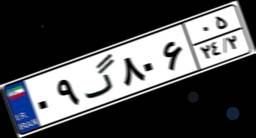
۰۹گ۸۰۶۰۵